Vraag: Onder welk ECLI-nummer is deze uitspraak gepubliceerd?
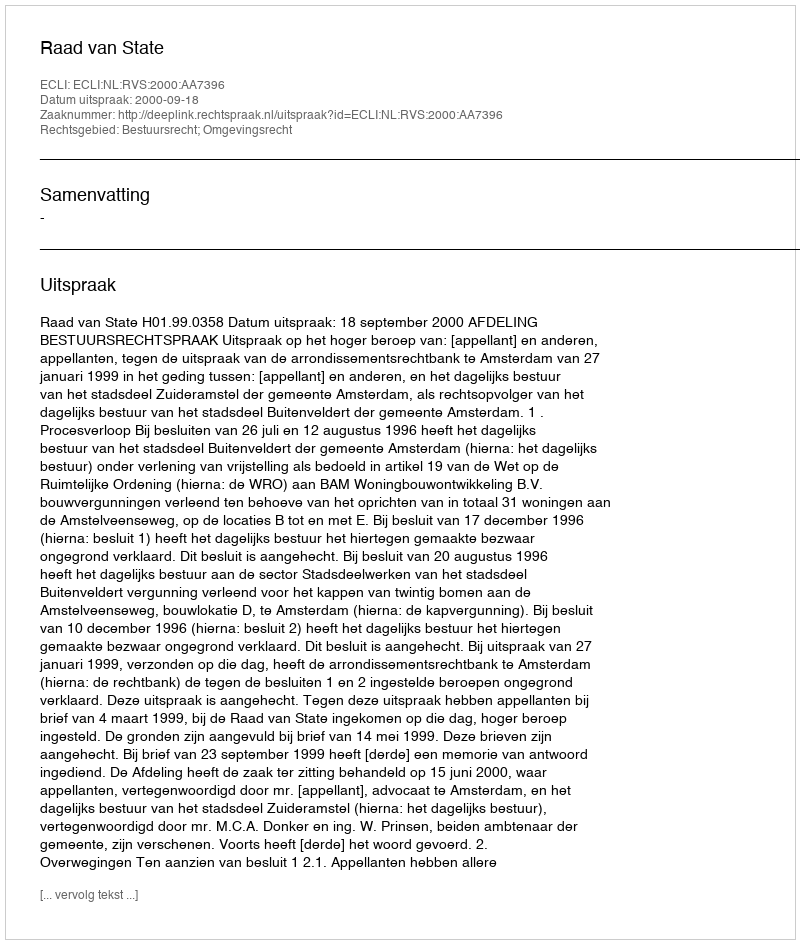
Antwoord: ECLI:NL:RVS:2000:AA7396